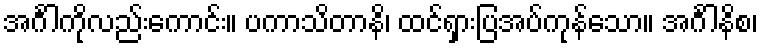
အင်္ဂါကိုလည်းကောင်း။ ပကာသိတာနိ၊ ထင်ရှားပြအပ်ကုန်သော။ အင်္ဂါနိစ၊